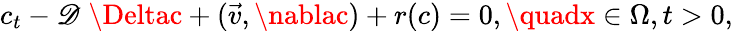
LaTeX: c_{t}-\mathscr{D}\; \Deltac+(\vec{{v}},\nablac)+r(c)=0,\quadx\in\Omega,t>0,